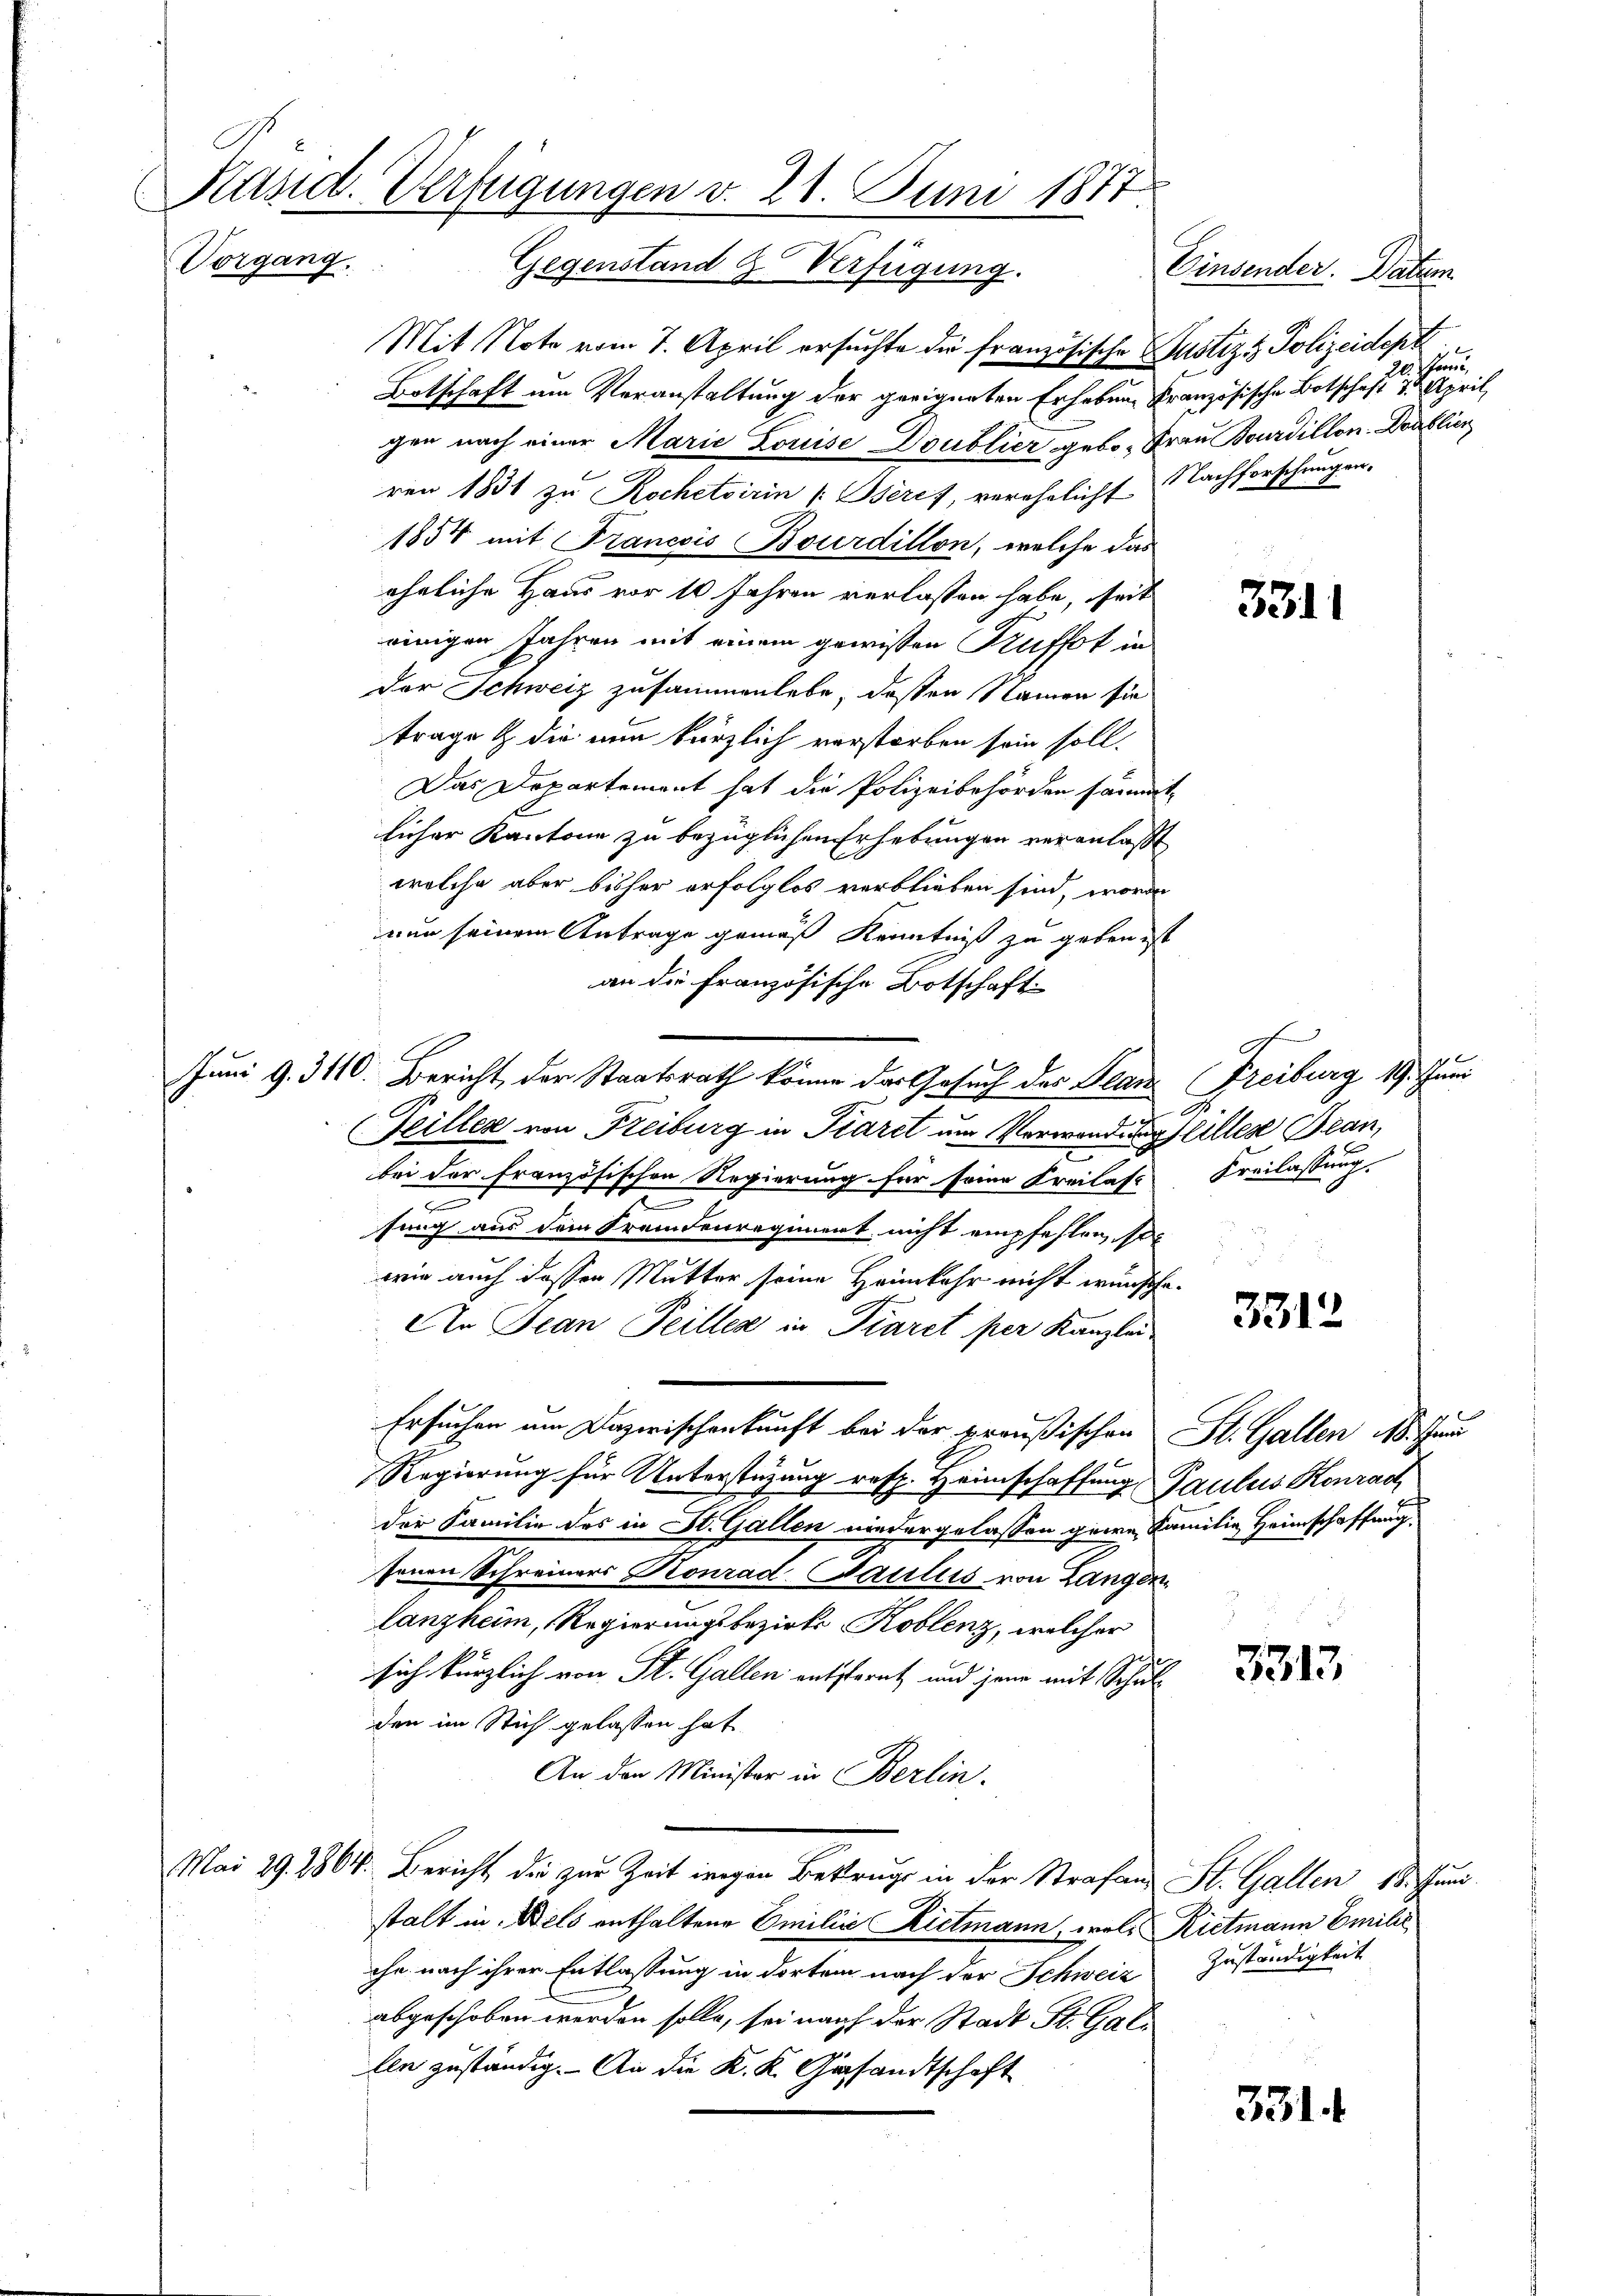
b
Käsid. Verfügungen v. 21. Juni 1877
Vorgang.
Gegenstand & Verfügung. Einsender. Datum

Mit Note vom 7. April ersuchte die französische Justiz & Polizeidepa
Botschaft um Veranstaltung der geeigneten Erhebene Französische Botschaft 1 April,
gen nach einer Marie Louise Doublicz gebo- Frau Bourdillon Dorblien
ren 1831 zu Rochetsirin Beres, verehelicht Nachforschungen.
1854 mit Francois Bourdillon, welche das
ähnliche Haus vor 10 Jahren verlassen habe, seit
einigen Jahren mit einem gewissen Kuffet in
der Schweiz zusammenlebe, deßen Namen sie
trage & die nun kürzlich verstorben sein soll.
Das Departement hat die Polizeibehörden sämmt-
licher Kantone zu bezüglichen Erhebungen veranlaßt
welche aber bisher erfolglos verblieben sind, worin
nun seinem Antrage gemäß Kenntniß zu geben ist
an die französische Botschaft
Juni d. 3110. Bericht der Staatsrath könne das Gesuch des Jean
.
Feillen von Freiburg in Paret um Verwandesstilles Bean,
bei der Französischen Regierung für seine Kreilast
e
.
fung aus dem Fremdenregiment nicht empfehlen, son
wie auch dessen Mutter seine Heimkehr nicht wünsche
An Jean Peillen in Piaret per Kanzlei
Ersuchen am Dazwischenkunft bei der preußischen
Regierung für Unterstüzung resp. Heimschaffung Paulus Konrad
der Familie des in St. Gallen niedergelassen gere Familie Heimschaffung
senen Schreiners Konrad-Paciliis von Langen
lanzheim, Regierungsbezirks- Koblenz, welcher
sich kürzlich von St. Gallen entsternt und jene mit Schul-
den im Stich gelassen hat.
An den Minister in Berlin.
Mai 29. 286. Bericht die zur Zeit inigen Betrugs in der Strafans St. Gallen 18. Juni
stalt in Wels enthaltene Emilie Rietmann, wels Rietmann Emilie
che nach ihrer Entlassung in dorten nach der Schweiz
abgeschoben werden solle, sei nach der Stadt St. Gallen zuständig. An die K. K. Gesandtschaft

There

3311

Freiburg 19. Juni
A
Kreilassung.

.

3312

St. Gallen 18. Jun

3313

Zuständigkeit

3314